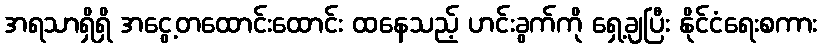
အရသာရှိရှိ အငွေ့တထောင်းထောင်း ထနေသည့် ဟင်းခွက်ကို ရှေ့ချပြီး နိုင်ငံရေးစကား